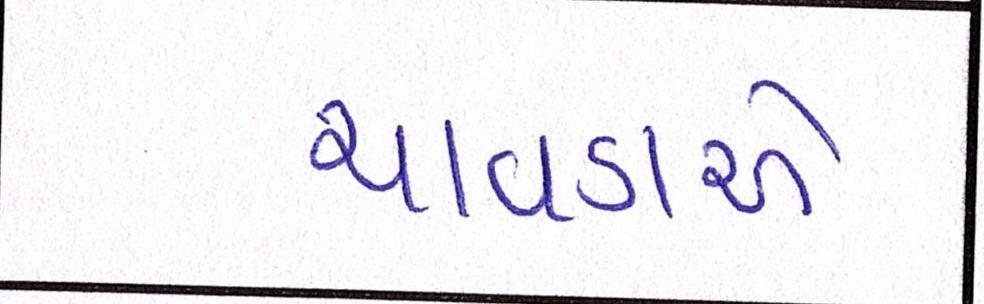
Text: ચાવડાએ